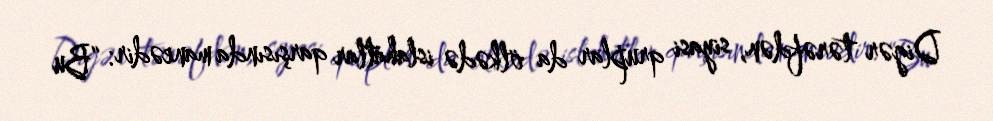
Digər tərəfdən, siyasi qruplar da ölkədə islahatlar qarşısında maneədir: “Bu